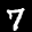
Label: 7